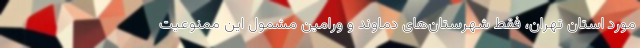
مورد استان تهران، فقط شهرستان‌های دماوند و ورامین مشمول این ممنوعیت